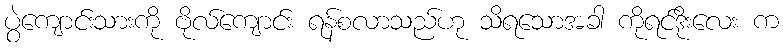
ပွဲကျောင်းသားကို ဗိုလ်ကျောင်း ရန်စလာသည်ဟု သိရသောအခါ ကိုရင်ဒိုးလေး က